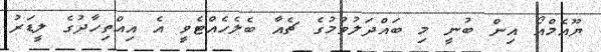
ޔޫއެމްއޯ އިން ބުނީ މި ބައްދަލުވުމުގެ ޗެއާ ބެލެހެއްޓެވީ އެ އިއްތިހާދުގެ ލީޑަރު